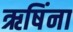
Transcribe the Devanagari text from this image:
ऋषिंना